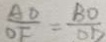
\frac { A D } { O F } = \frac { B O } { O D }